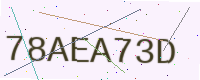
Text: 78AEA73D